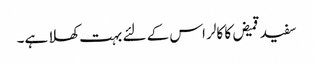
سفید قمیض کا کالر اس کے لئے بہت کھلا ہے۔